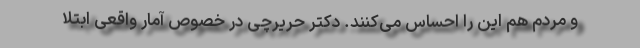
و مردم هم این را احساس می‌کنند. دکتر حریرچی در خصوص آمار واقعی ابتلا